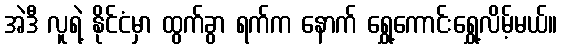
အဲဒီ လူရဲ့ နိုင်ငံမှာ ထွက်ခွာ ရက်က နောက် ရွှေ့ကောင်းရွှေ့လိမ့်မယ်။